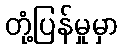
တုံ့ပြန်မှုမှာ